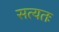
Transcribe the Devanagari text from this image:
सत्यतः